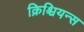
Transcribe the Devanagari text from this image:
क्रिश्चियन्स